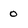
Character: o